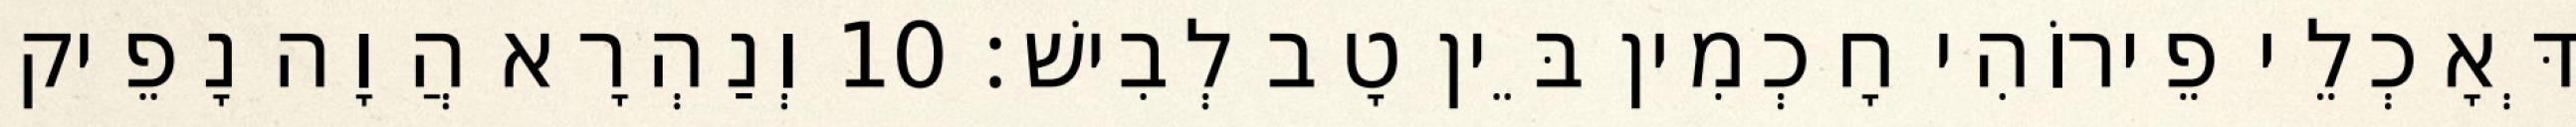
דְּאָכְלֵי פֵירוֹהִי חָכְמִין בֵּין טָב לְבִישׁ׃ 10 וְנַהְרָא הֲוָה נָפֵיק